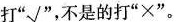
打”√”，不是的打”×”。